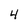
Character: 4